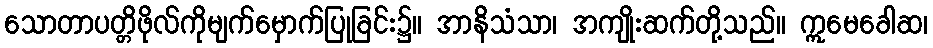
သောတာပတ္တိဖိုလ်ကိုမျက်မှောက်ပြုခြင်း၌။ အာနိသံသာ၊ အကျိုးဆက်တို့သည်။ ဣမေခေါဆ၊